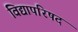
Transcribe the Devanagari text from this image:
विद्यापरिषद